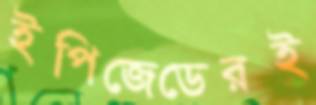
ইপিজেডেরই